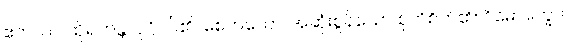
ဧတဿ၊ ထိုရဟန္တာပုဂ္ဂိုလ်၏။ စေတသော၊ အဆုံးစွန်သော စုတိစိတ်၏။ ဝိမောက္ခော၊